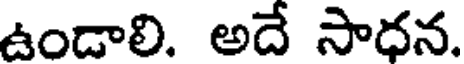
ఉండాలి. అదే సాధన.